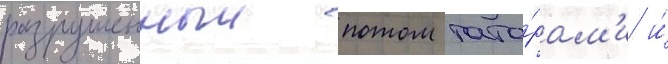
разрушенныи потом тата́рам'и и́